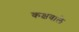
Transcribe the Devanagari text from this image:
कक्षवाले